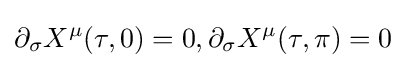
\partial _{\sigma }X^{\mu }(\tau ,0)=0,\partial _{\sigma }X^{\mu }(\tau ,\pi )=0